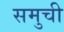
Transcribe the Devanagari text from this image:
समुची